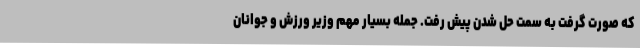
که صورت گرفت به سمت حل شدن پیش رفت. جمله بسیار مهم‌ وزیر ورزش و جوانان